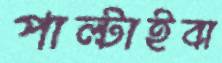
পাল্টাইবা